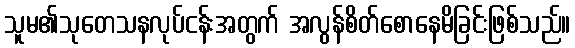
သူမ၏သုတေသနလုပ်ငန်းအတွက် အလွန်စိတ်စောနေမိခြင်းဖြစ်သည်။